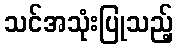
သင်အသုံးပြုသည့်